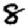
Digit: 8